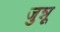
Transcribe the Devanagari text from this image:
जुन्नू